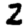
Digit: 2